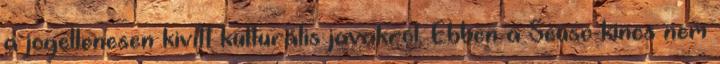
a jogellenesen kivitt kulturális javakról. Ebben a Seuso-kincs nem